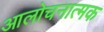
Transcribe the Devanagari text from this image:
आलोचनात्‍मक